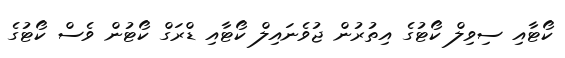
ކޯޓާއި ސިވިލް ކޯޓުގެ އިތުރުން ޖުވެނައިލް ކޯޓާއި ޑްރަގް ކޯޓުން ވެސް ކޯޓުގެ